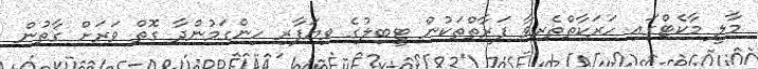
މާލީ މާކެޓްގައި ހަރަކާތްތެރިވާ ފަރާތްތަކުން ޓީބިލުގެ ވިޔަފާރި ހިންގަމުންދާ ގޮތް ވަރަށް ގާތުން